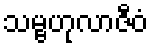
သမ္ဗဟုလာဇီဝံ